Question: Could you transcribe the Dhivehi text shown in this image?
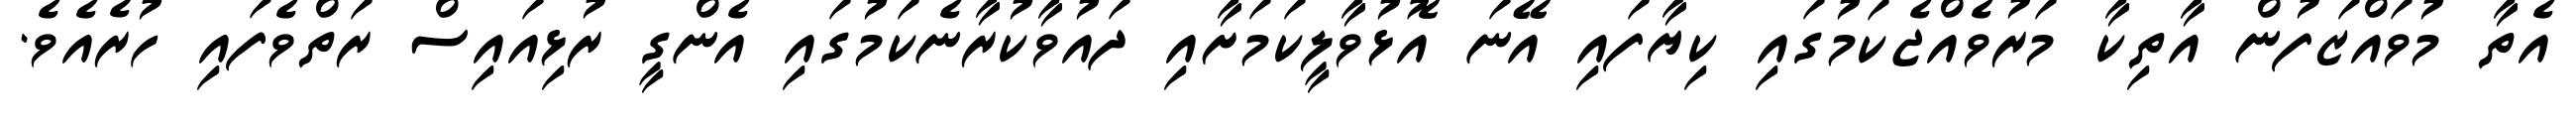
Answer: އެތާ މުވައްޒަފުން އާތިކާ މަރުވެއްޖެކަމުގައި ކިޔާފައި އޭނަ އޮޅުވާލީކަމަށާއި ދައުވާކުރާނެކަމުގައި އެންގީ ރުޅިއައިސް ރަތްވެފައި ހުރެއެވެ.